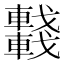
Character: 𨏖